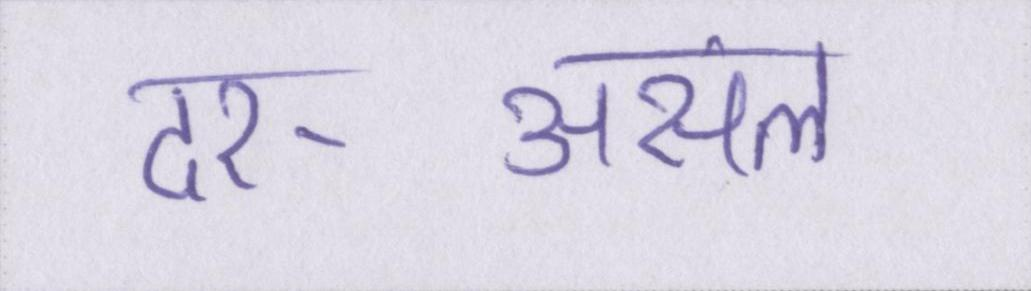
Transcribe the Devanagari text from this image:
दर-असल